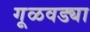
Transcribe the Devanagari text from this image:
गूळवड्या